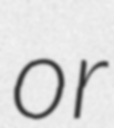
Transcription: or